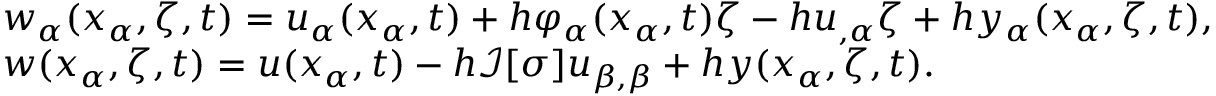
\begin{array} { r l } & { w _ { \alpha } ( x _ { \alpha } , \zeta , t ) = u _ { \alpha } ( x _ { \alpha } , t ) + h \varphi _ { \alpha } ( x _ { \alpha } , t ) \zeta - h u _ { , \alpha } \zeta + h y _ { \alpha } ( x _ { \alpha } , \zeta , t ) , } \\ & { w ( x _ { \alpha } , \zeta , t ) = u ( x _ { \alpha } , t ) - h \mathcal { I } [ \sigma ] u _ { \beta , \beta } + h y ( x _ { \alpha } , \zeta , t ) . } \end{array}